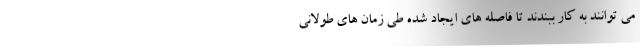
می توانند به کار ببندند تا فاصله های ایجاد شده طی زمان های طولانی